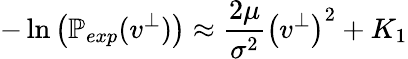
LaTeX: -\ln{\left(\mathbb{P}_{exp}(v^{\perp})\right)}\approx\frac{2\mu}{\sigma^{2}}\left({v^{\perp}}\right)^{2}+K_{1}